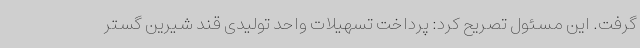
گرفت. این مسئول تصریح کرد: پرداخت تسهیلات واحد تولیدی قند شیرین گستر